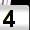
Digit: 4